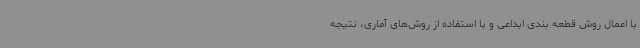
با اعمال روش قطعه بندی ابداعی و با استفاده از روش‌های آماری، نتیجه